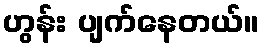
ဟွန်း ပျက်နေတယ်။